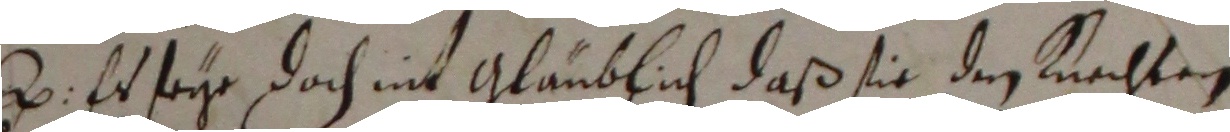
2. Er seye doch nit glaublich, daß sie den knechteng